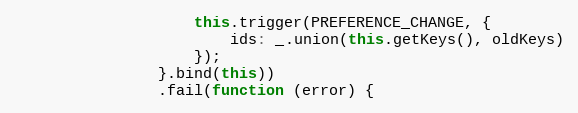
Language: JavaScript
                    this.trigger(PREFERENCE_CHANGE, {
                        ids: _.union(this.getKeys(), oldKeys)
                    });
                }.bind(this))
                .fail(function (error) {